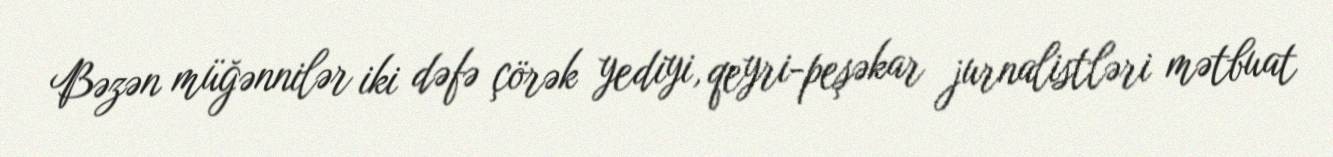
Bəzən müğənnilər iki dəfə çörək yediyi, qeyri-peşəkar jurnalistləri mətbuat